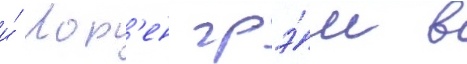
и́ лор'ен грэ́м в